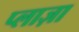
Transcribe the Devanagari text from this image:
प्‍लाज़ा